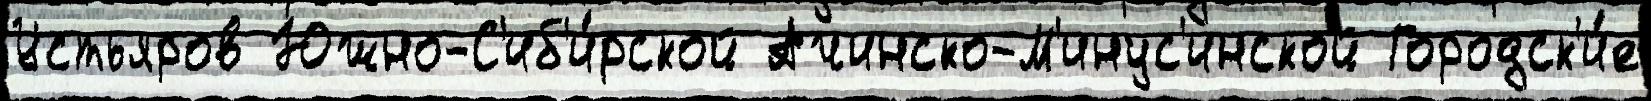
Устьяров Южно-С'иб'и́рской Ачинско-М'инус'инской Городск'и́е